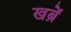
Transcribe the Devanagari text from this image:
खब्रें